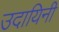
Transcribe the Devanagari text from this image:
उदायिनी